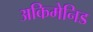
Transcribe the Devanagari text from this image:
अकिमेनिड